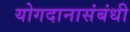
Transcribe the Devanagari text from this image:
योगदानासंबंधी